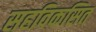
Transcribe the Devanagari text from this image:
सहविकसित